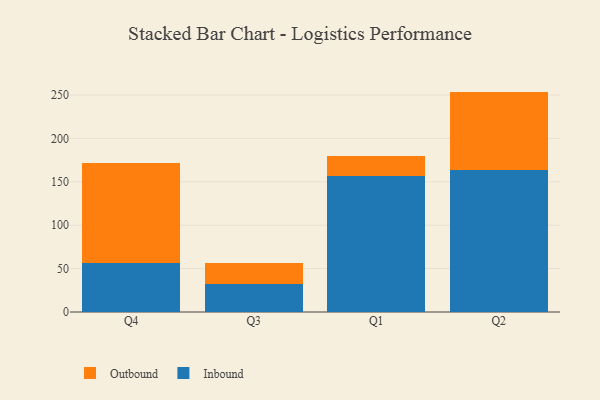
{"axis": {"x": "Quarter", "y": "Conversion Rate (%)"}, "legend": ["Inbound", "Outbound"], "data": [{"x": "Q4", "y": 55.9, "type": "Inbound"}, {"x": "Q4", "y": 115.5, "type": "Outbound"}, {"x": "Q3", "y": 32.1, "type": "Inbound"}, {"x": "Q3", "y": 24.8, "type": "Outbound"}, {"x": "Q1", "y": 156.7, "type": "Inbound"}, {"x": "Q1", "y": 23.5, "type": "Outbound"}, {"x": "Q2", "y": 164.1, "type": "Inbound"}, {"x": "Q2", "y": 89.8, "type": "Outbound"}]}